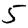
Digit: 5